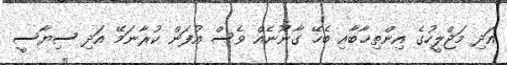
އަދި މަޖްލީހުގެ އިންތިޚާބާއި ބެހޭ ގާނޫނެއް ވެސް އުފަން ކުރާނަމޭ އަދި ސިޔާސީ